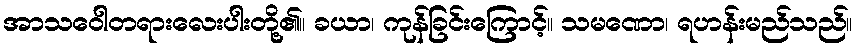
အာသဝေါတရားလေးပါးတို့၏။ ခယာ၊ ကုန်ခြင်းကြောင့်။ သမဏော၊ ရဟန်းမည်သည်။